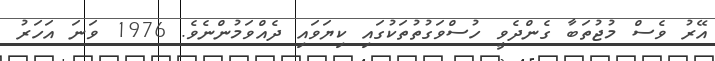
އޭރު ވެސް މުޖުތަބާ ގެންދެވީ ހުސްވަގުތުތަކުގައި ކިޔަވައި ދެއްވަމުންނެވެ. 1976 ވަނަ އަހަރު